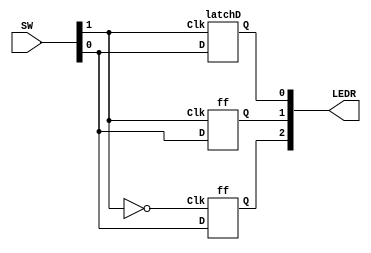
module part4 (SW, LEDR);
  input [1:0] SW;
  output [2:0] LEDR;

  wire Q;

  latchD L0 (SW[1], SW[0], LEDR[0]);
  ff F0 (SW[1], SW[0], LEDR[1]);
  ff F1 (~SW[1], SW[0], LEDR[2]);
endmodule

module latchD (Clk, D, Q);
  input D, Clk;
  output reg Q;
  always @ (D, Clk)
    if (Clk)
      Q = D;
endmodule

module ff (Clk, D, Q);
  input Clk, D;
  output Q;

  wire Qm;
  latchD D0 (~Clk, D, Qm);
  latchD D1 (Clk, Qm, Q);
endmodule